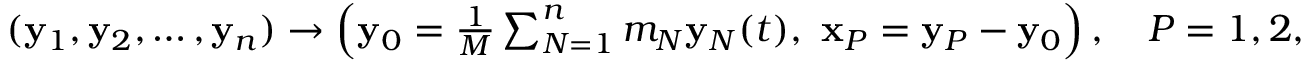
\begin{array} { r } { ( { \bf y } _ { 1 } , { \bf y } _ { 2 } , \ldots , { \bf y } _ { n } ) \rightarrow \left( { \bf y } _ { 0 } = \frac 1 M \sum _ { N = 1 } ^ { n } m _ { N } { \bf y } _ { N } ( t ) , ~ { \bf x } _ { P } = { \bf y } _ { P } - { \bf y } _ { 0 } \right) , \quad P = 1 , 2 , \ldots , n - 1 . } \end{array}